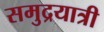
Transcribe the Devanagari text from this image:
समुद्रयात्री